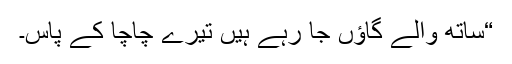
“ساتھ والے گاؤں جا رہے ہیں تیرے چاچا کے پاس۔